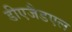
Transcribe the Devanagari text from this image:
डीएजैडएल